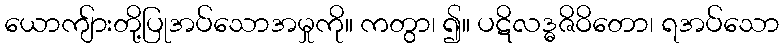
ယောကျ်ားတို့ပြုအပ်သောအမှုကို။ ကတွာ၊ ၍။ ပဋိလဒ္ဓဇိဝိတော၊ ရအပ်သော